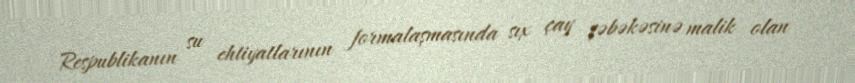
Respublikanın su ehtiyatlarının formalaşmasında sıx çay şəbəkəsinə malik olan